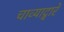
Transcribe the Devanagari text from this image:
चाव्याद्वारे